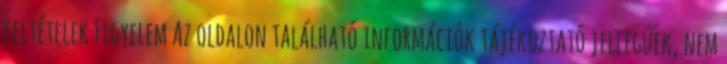
feltételek Figyelem Az oldalon található információk tájékoztató jellegűek, nem